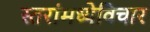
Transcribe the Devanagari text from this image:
स्तरांमध्येविचार